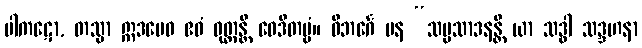
ပါကဋော, တသ္မာ ဣဒမေဝ ဧဝံ ဝုတ္တန္တိ ဝေဒိတဗ္ဗံ။ ဝိဘင်္ဂေ ပန “သမ္ပသာဒနန္တိ ယာ သဒ္ဓါ သဒ္ဒဟနာ